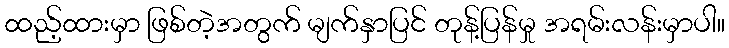
ထည့်ထားမှာ ဖြစ်တဲ့အတွက် မျက်နှာပြင် တုန့်ပြန်မှု အရမ်းလန်းမှာပါ။